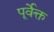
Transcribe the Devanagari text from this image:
पूर्वेक्त